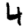
Digit: 4